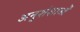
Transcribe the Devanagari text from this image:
अनुशंशाओं